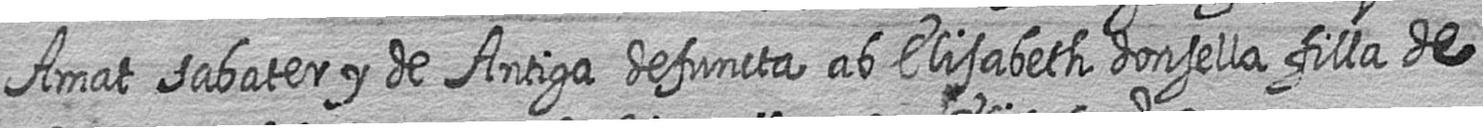
Amat sabater y de Antiga defuncta ab Elisabeth donsella filla de